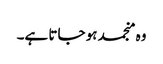
وہ منجمد ہو جاتا ہے۔